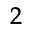
^ 2